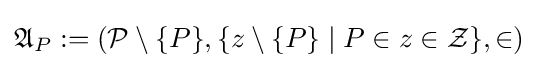
{\mathfrak {A}}_{P}:=({\mathcal {P}}\setminus \{P\},\{z\setminus \{P\}\mid P\in z\in {\mathcal {Z}}\},\in )